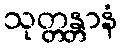
သုတ္တန္တာနံ